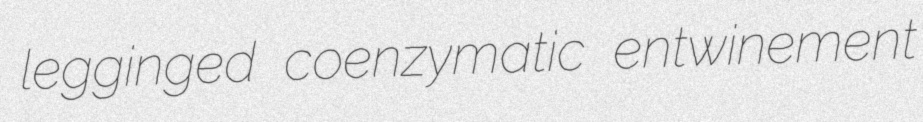
legginged coenzymatic entwinement